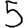
Digit: 5